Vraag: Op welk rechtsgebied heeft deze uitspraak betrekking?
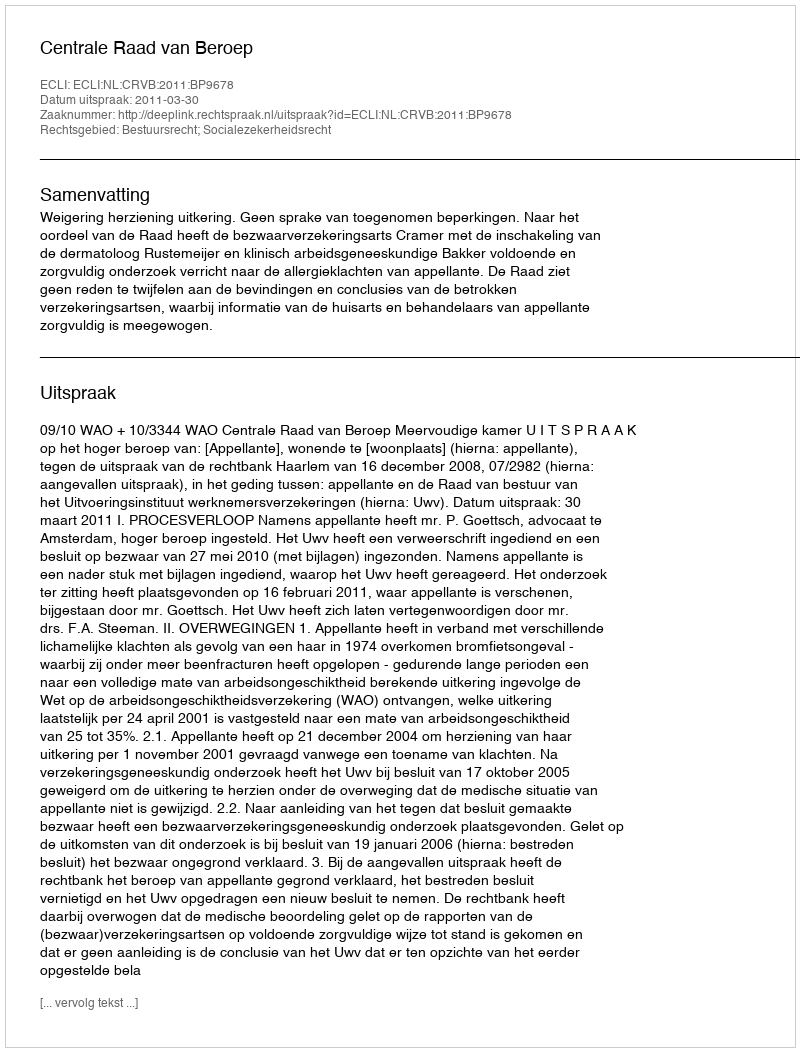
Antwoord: Bestuursrecht; Socialezekerheidsrecht